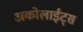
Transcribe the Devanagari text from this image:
अकोलाईट्स